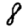
Digit: 8